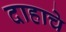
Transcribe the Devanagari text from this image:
दाहाचे